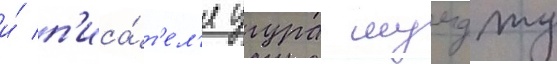
и́ п'иса́т'ел'я угура мумджу